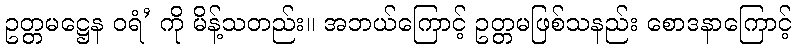
ဥတ္တမဋ္ဌေန ဝရံ’ ကို မိန့်သတည်း။ အဘယ်ကြောင့် ဥတ္တမဖြစ်သနည်း စောဒနာကြောင့်